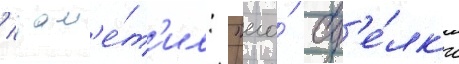
/ зам'е́т'ил: "его́ сд'е́лк'и